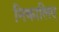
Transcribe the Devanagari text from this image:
निकालिए